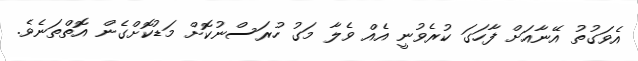
އެވަގުތު އޭނާއަށް ފާހަގަ ކުރެވުނީ އެއް ވެލާ މަގު ހުރަސްނުކޮށް މަޑުކޮށްގެން އޮތްތަނެވެ.